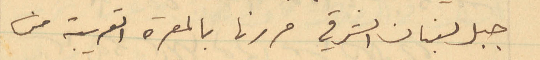
جبل لبنان الشرقي مررنا بالمعرة القريبة من